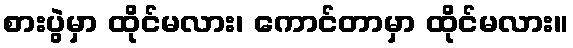
စားပွဲမှာ ထိုင်မလား၊ ကောင်တာမှာ ထိုင်မလား။